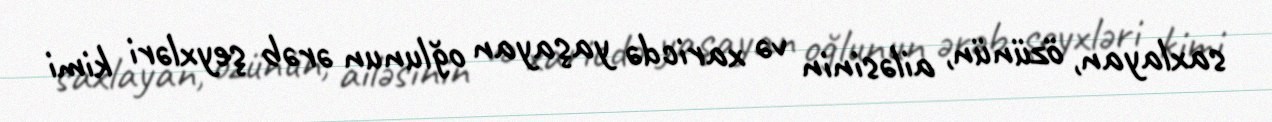
saxlayan, özünün, ailəsinin və xaricdə yaşayan oğlunun ərəb şeyxləri kimi